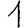
Digit: 1